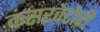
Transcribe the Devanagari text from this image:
कंसरवेटोरी